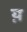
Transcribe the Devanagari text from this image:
य़